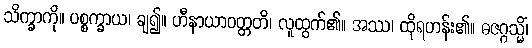
သိက္ခာကို။ ပစ္စက္ခာယ၊ ချ၍။ ဟီနာယာဝတ္တတိ၊ လူထွက်၏။ အဿ၊ ထိုရဟန်း၏။ ဓဇဂ္ဂသ္မိံ၊